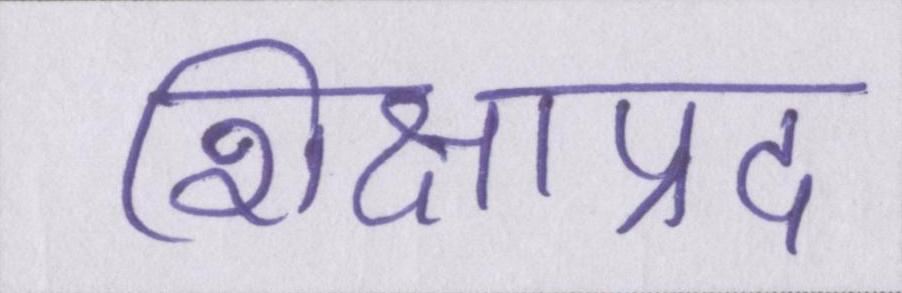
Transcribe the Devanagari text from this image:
शिक्षाप्रद